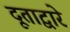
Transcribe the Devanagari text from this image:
दूताद्वारे